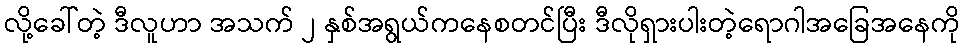
လို့ခေါ်တဲ့ ဒီလူဟာ အသက် ၂ နှစ်အရွယ်ကနေစတင်ပြီး ဒီလိုရှားပါးတဲ့ရောဂါအခြေအနေကို